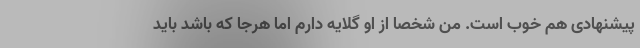
پیشنهادی هم خوب است. من شخصا از او گلایه دارم اما هرجا که باشد باید